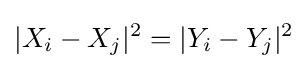
|X_{i}-X_{j}|^{2}=|Y_{i}-Y_{j}|^{2}\,\!